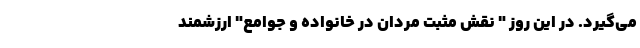
می‌گیرد. در این روز " نقش مثبت مردان در خانواده و جوامع" ارزشمند